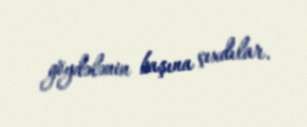
göydələnin başına çıxdılar.